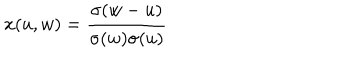
LaTeX: x ( u , w ) = { \frac { \sigma ( w - u ) } { \sigma ( w ) \sigma ( u ) } }